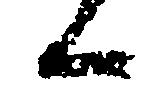
候